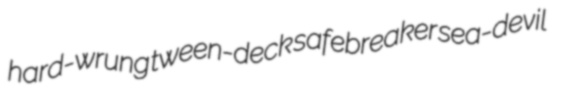
hard-wrung tween-deck safebreaker sea-devil